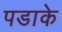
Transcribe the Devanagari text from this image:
पडाके